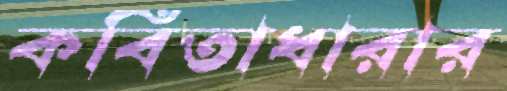
কবিতাধারার